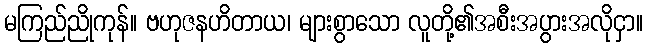
မကြည်ညိုကုန်။ ဗဟုဇနဟိတာယ၊ များစွာသော လူတို့၏အစီးအပွားအလိုငှာ။